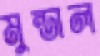
মুন্ডাল